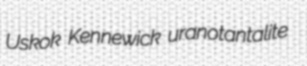
Uskok Kennewick uranotantalite